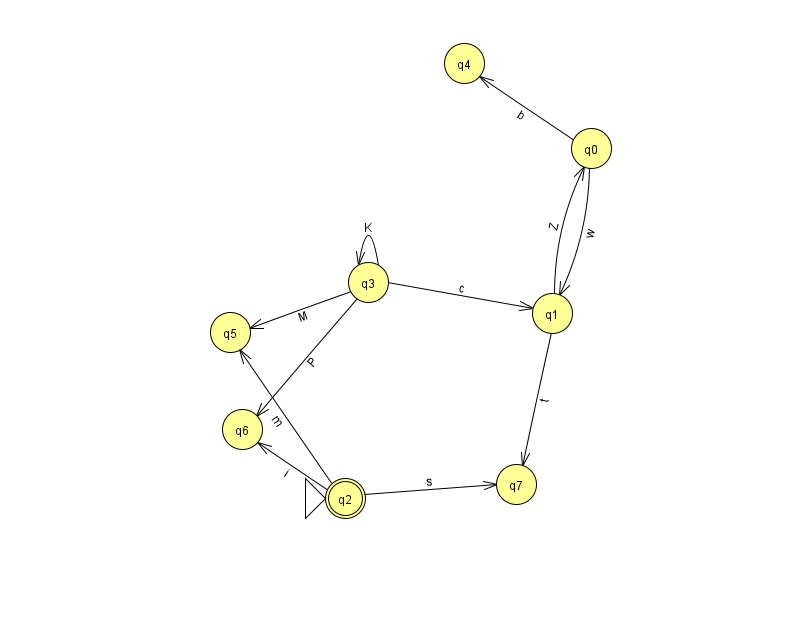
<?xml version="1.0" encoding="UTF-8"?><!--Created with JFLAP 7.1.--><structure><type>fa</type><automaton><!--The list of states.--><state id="0" name="q0"><x>591.0</x><y>135.0</y></state><state id="1" name="q1"><x>552.0</x><y>300.0</y></state><state id="2" name="q2"><x>345.0</x><y>485.0</y><initial/><final/></state><state id="3" name="q3"><x>368.0</x><y>269.0</y></state><state id="4" name="q4"><x>464.0</x><y>50.0</y></state><state id="5" name="q5"><x>230.0</x><y>319.0</y></state><state id="6" name="q6"><x>242.0</x><y>416.0</y></state><state id="7" name="q7"><x>516.0</x><y>471.0</y></state><!--The list of transitions.--><transition><from>2</from><to>7</to><read>s</read></transition><transition><from>3</from><to>1</to><read>c</read></transition><transition><from>0</from><to>1</to><read>w</read></transition><transition><from>2</from><to>5</to><read>m</read></transition><transition><from>1</from><to>0</to><read>Z</read></transition><transition><from>1</from><to>7</to><read>t</read></transition><transition><from>0</from><to>4</to><read>b</read></transition><transition><from>2</from><to>6</to><read>i</read></transition><transition><from>3</from><to>5</to><read>M</read></transition><transition><from>3</from><to>3</to><read>K</read></transition><transition><from>3</from><to>6</to><read>P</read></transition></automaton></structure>